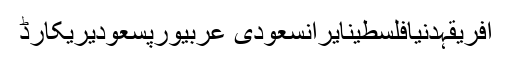
افریقہدنیافلسطینایرانسعودی عربیورپسعودیریکارڈ